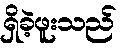
ရှိခဲ့ဖူးသည်